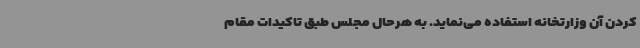
کردن آن وزارتخانه استفاده می‌نماید. به هرحال مجلس طبق تاکیدات مقام